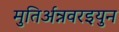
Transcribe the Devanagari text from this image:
मुतिर्अन्नवरइयुन